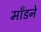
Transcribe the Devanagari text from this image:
माँडने